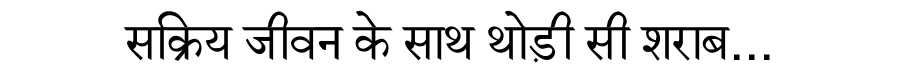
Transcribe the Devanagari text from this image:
सक्रिय जीवन के साथ थोड़ी सी शराब...